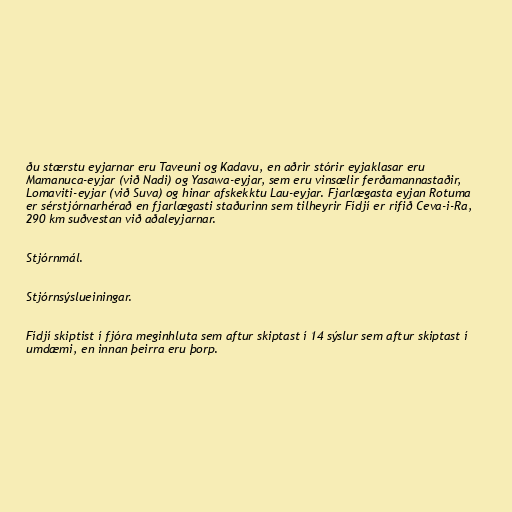
ðu stærstu eyjarnar eru Taveuni og Kadavu, en aðrir stórir eyjaklasar eru
Mamanuca-eyjar (við Nadi) og Yasawa-eyjar, sem eru vinsælir ferðamannastaðir,
Lomaviti-eyjar (við Suva) og hinar afskekktu Lau-eyjar. Fjarlægasta eyjan Rotuma
er sérstjórnarhérað en fjarlægasti staðurinn sem tilheyrir Fídjí er rifið Ceva-i-Ra,
290 km suðvestan við aðaleyjarnar.

Stjórnmál.

Stjórnsýslueiningar.

Fídjí skiptist í fjóra meginhluta sem aftur skiptast í 14 sýslur sem aftur skiptast í
umdæmi, en innan þeirra eru þorp.